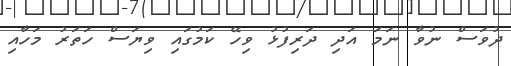
ދުވަސް ނުވާ ނަމަ އަދި ދަރިފުޅު ވިހޭ ކަމުގައި ވިޔަސް ހަތަރު މަހާއި